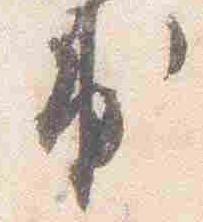
出